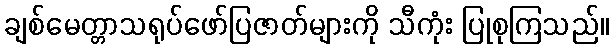
ချစ်မေတ္တာသရုပ်ဖော်ပြဇာတ်များကို သီကုံး ပြုစုကြသည်။